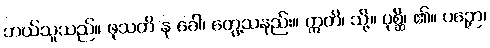
ဘယ်သူသည်။ ဖုသတိ နု ခေါ၊ တွေ့သနည်း။ ဣတိ၊ သို့။ ပုစ္ဆိ၊ ၏။ ပဉှော၊